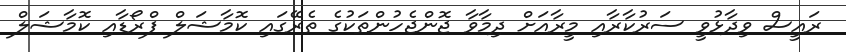
ރައީސް ވިދާޅުވީ ސަރުކާރާއި މީރާއަށް ދިމާވާ ޖޮންޖެހުންތަކުގެ ތެރޭގައި ކޮމާޝަލް ފްރޯޑާއި ކޮމާޝަލް